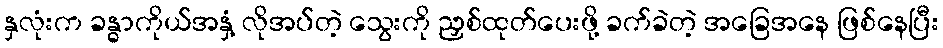
နှလုံးက ခန္ဓာကိုယ်အနှံ့ လိုအပ်တဲ့ သွေးကို ညှစ်ထုတ်ပေးဖို့ ခက်ခဲတဲ့ အခြေအနေ ဖြစ်နေပြီး